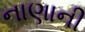
નાણાની